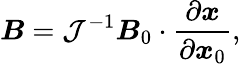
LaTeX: \boldsymbol{B}=\mathcal{J}^{-1}\boldsymbol{B}_{0}\cdot\frac{\partial\boldsymbol{x}}{\partial\boldsymbol{x}_{0}},